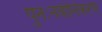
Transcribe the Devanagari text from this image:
पुनःनवीनिकरण